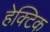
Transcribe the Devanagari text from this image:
हेक्टिक